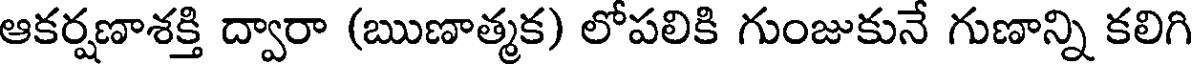
ఆకర్షణాశక్తి ద్వారా (ఋణాత్మక) లోపలికి గుంజుకునే గుణాన్ని కలిగి